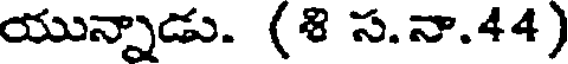
యున్నాడు. (8 స.నా.44)